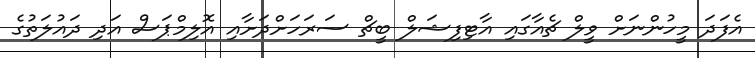
އެފަދަ މީހުންނަށް ވީލް ޗެއާގައި އާޓިފިޝަލް ބީޗް ސަރަހަށްދަށާއި އޮލިމްޕަސް އަދި ދައުލަތުގެ